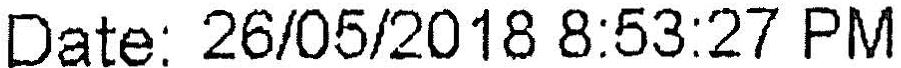
DATE: 26/05/2018 8:53:27 PM